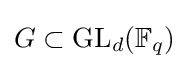
G\subset \mathrm {GL} _{d}(\mathbb {F} _{q})